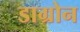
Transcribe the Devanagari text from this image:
डाग्रोन